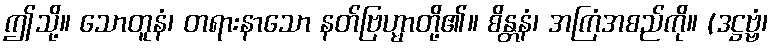
ဤသို့။ သောတူနံ၊ တရားနာသော နတ်ဗြဟ္မာတို့၏။ စိန္တနံ၊ အကြံအစည်ကို။ (ဒဋ္ဌဗ္ဗံ၊